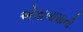
એલાબામાની